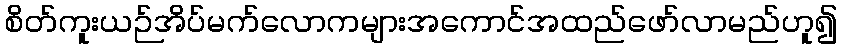
စိတ်ကူးယဉ်အိပ်မက်လောကများအကောင်အထည်ဖော်လာမည်ဟူ၍